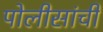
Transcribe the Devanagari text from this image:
पोलीसांची